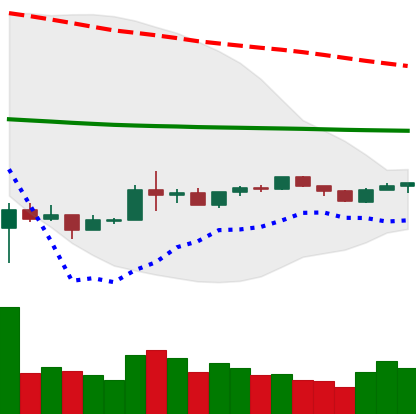
Ticker: BNB-USD
Chart end date: 2020-04-01
Forward return: 18.388%
Label: up_7plus